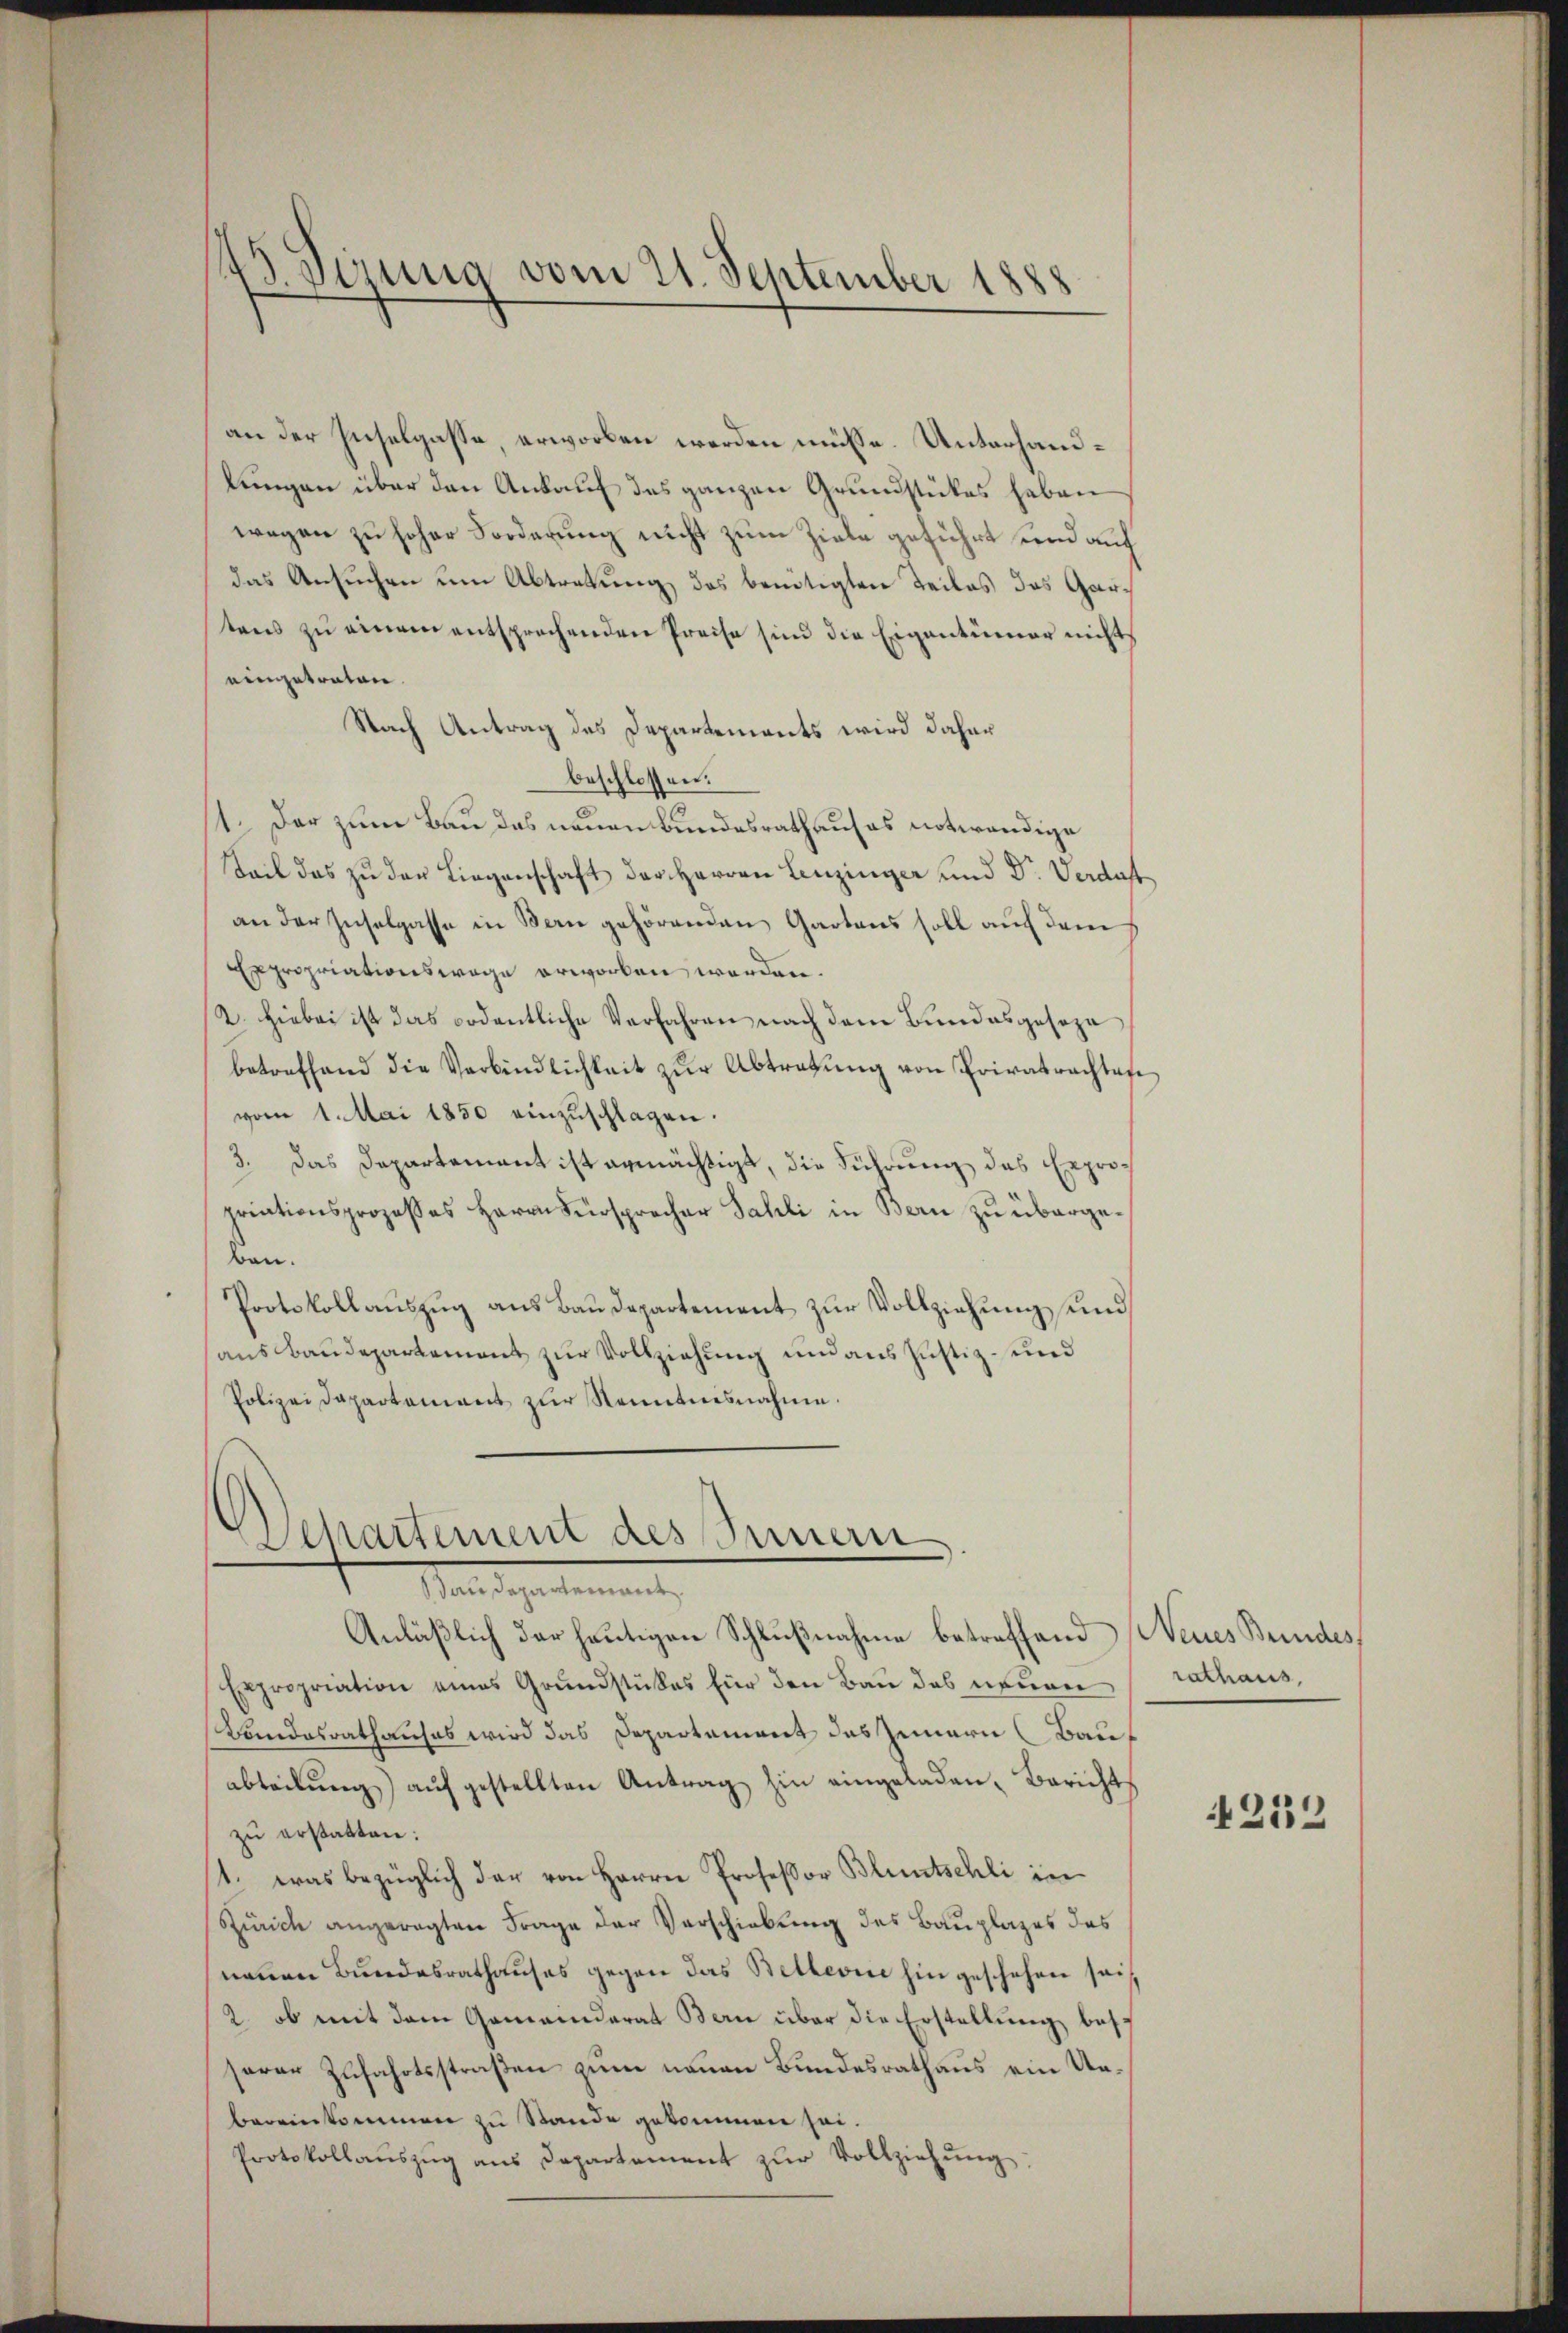
45 Sinnig vom 21. September 1888

an der Inselgasse, erworben werden müsse. Unterhandlungen über den Ankauf das ganzen Grundstückes haben
wegen zu hoher Forderung nicht zum Ziele geführt und auf
das Ansuchen um Abtretung des benötigten Teiles das Gartens zu einem entsprechenden Preise sind die Eigentümer nichts
eingetraten.
Nach Antrag des Departements wird daher
beschlossen:
1. Der zum Bau das neuen Bundesrath auf es notwendige
Seil das zu der Liegenschaft der Herren Lenzinger und Dr. Verdast
an der Inselgasse in Bern gehörenden Gartens soll auf dem
Expropriationswage erworben werden.
2. Hiebei ist das ordentliche Verfahren nach dem Bundesgeseze
betreffend die Verbindlichkeit zŭr Abtragung von Privatrachtes
vom 1. Mai 1850 einzuschlagen.
3. Das Departement ist ermächtigt, die Führung das Expropriationsprozesses Herrn Fürsprecher Sahli in Bern zu übergeben.
Protokollauszug aus Baudepartement zur Vollziehung und
ausbaudepartement zur Vollziehung und aus Justiz- und
Polizeidepartement zur Kenntnisnahme.
Departement des Innern
Materschertementen
Anläßlich der heutigen Schlußnahme betreffend Neues Bundes,
Expropriation eines Grundstükes für den Bau des neuen rathaus,
Landesrathauses wird das Departement des Zeinern Bauf
abteilŭng auf gestellten Antrag hin eingeladen, Bericht
zu erstatten:
1. was bezüglich der von Herrn Professor Bluntschli in
Zürich angeregten Frage der Verschiebung des Bauplazes das
neuen Bundesrathauses gegen das Stetterie hin geschehen sei¬
2. ob mit dem Gemeinderat Bern über die Erstellung besc
serer Zufahrtsstraßen zum neuen Bundesrathaus ein Unbereinkommen zu Stande gekommen sei.
Protokollaŭszŭg ans Departement zŭr Vollziehŭng.

4232